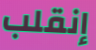
إنقلب